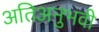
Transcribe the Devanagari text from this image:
अतिअनुभवी